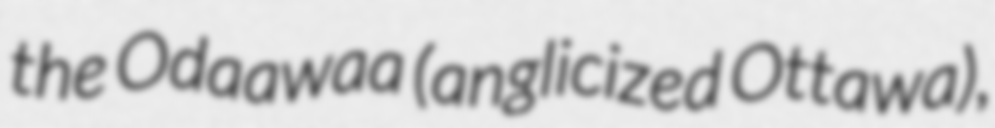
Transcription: the Odaawaa (anglicized Ottawa),